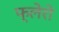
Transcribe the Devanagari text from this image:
फ्लेरो